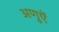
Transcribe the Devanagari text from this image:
अणुऐं